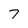
Character: 7